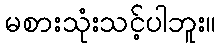
မစားသုံးသင့်ပါဘူး။